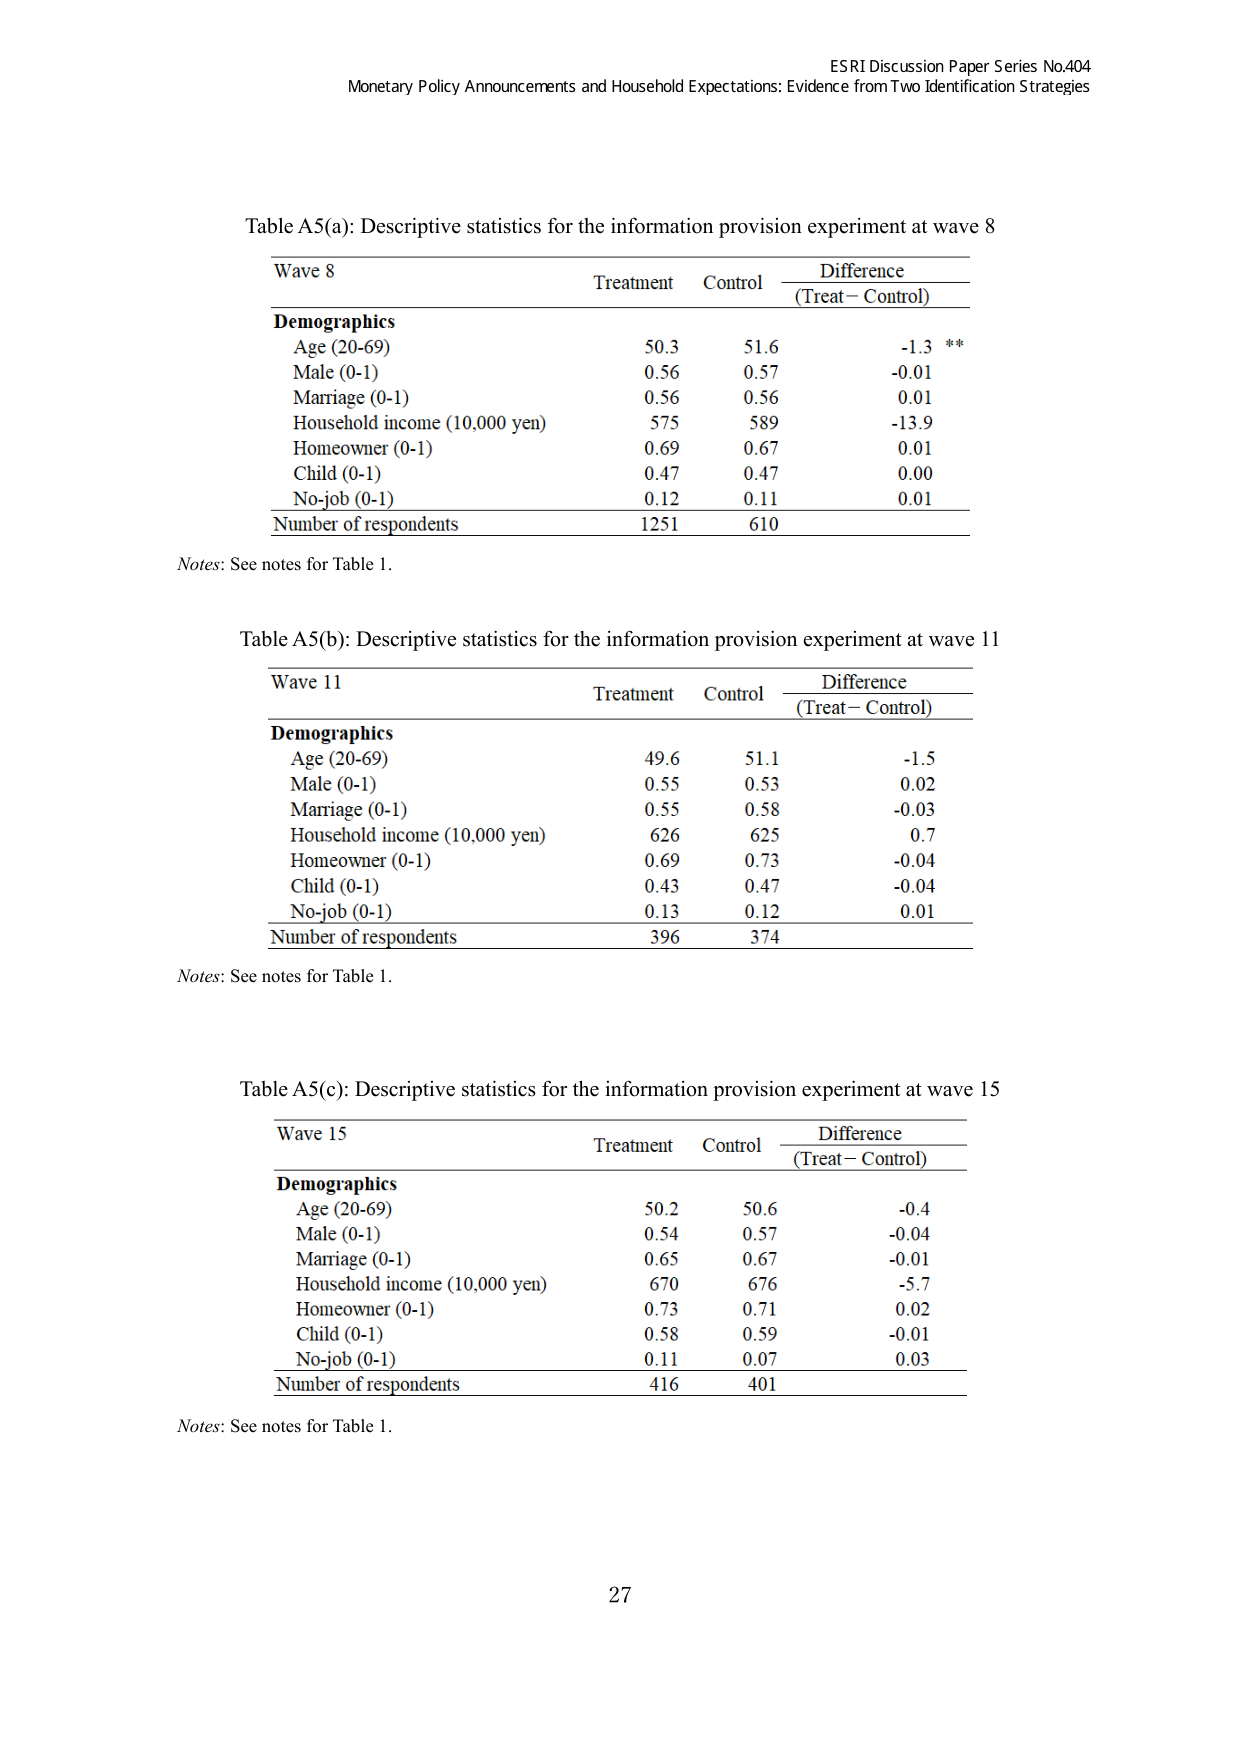
ESRI Discussion Paper Series No.404
Monetary Policy Announcements and Household Expectations: Evidence from Two Identification Strategies

Table A5(a): Descriptive statistics for the information provision experiment at wave 8

Wave 8          Treatment   Control     Difference
                (Treat – Control)

Demographics
Age (20-69)           50.3      51.6      -1.3 **
Male (0-1)            0.56      0.57      -0.01
Marriage (0-1)        0.56      0.56      0.01
Household income (10,000 yen)  575     589      -13.9
Homeowner (0-1)       0.69      0.67      0.01
Child (0-1)           0.47      0.47      0.00
No-job (0-1)          0.12      0.11      0.01
Number of respondents 1251      610

Notes: See notes for Table 1.

Table A5(b): Descriptive statistics for the information provision experiment at wave 11

Wave 11          Treatment   Control     Difference
                (Treat – Control)

Demographics
Age (20-69)           49.6      51.1      -1.5
Male (0-1)            0.55      0.53      0.02
Marriage (0-1)        0.55      0.58      -0.03
Household income (10,000 yen)  626     625      0.7
Homeowner (0-1)       0.69      0.73      -0.04
Child (0-1)           0.43      0.47      -0.04
No-job (0-1)          0.13      0.12      0.01
Number of respondents 396       374

Notes: See notes for Table 1.

Table A5(c): Descriptive statistics for the information provision experiment at wave 15

Wave 15          Treatment   Control     Difference
                (Treat – Control)

Demographics
Age (20-69)           50.2      50.6      -0.4
Male (0-1)            0.54      0.57      -0.04
Marriage (0-1)        0.65      0.67      -0.01
Household income (10,000 yen)  670     676      -5.7
Homeowner (0-1)       0.73      0.71      0.02
Child (0-1)           0.58      0.59      -0.01
No-job (0-1)          0.11      0.07      0.03
Number of respondents 416       401

Notes: See notes for Table 1.

27